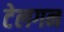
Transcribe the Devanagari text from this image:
टेलगन